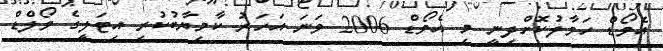
އެވޯޑް ހަވާލުކޮށްދިނީ މި އެވޯޑް 2006 ވަނަ އަހަރު ކާމިޔާބުކުރި އިޓަލީގެ ވޯލްޑް